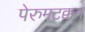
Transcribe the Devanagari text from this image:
पेरुमटक्कन